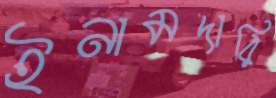
ইনামদারি